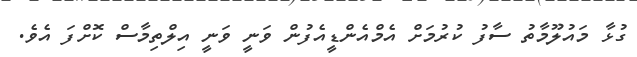
ގުޅާ މައުލޫމާތު ސާފު ކުރުމަށް އެމްއެންޑީއެފުން ވަނީ ވަނީ އިލްތިމާސް ކޮށްފަ އެވެ.